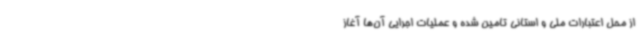
از محل اعتبارات ملی و استانی تامین شده و عملیات اجرایی آن‌ها آغاز